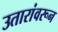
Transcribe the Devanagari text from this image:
उतारांवरून